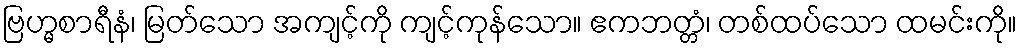
ဗြဟ္မစာရီနံ၊ မြတ်သော အကျင့်ကို ကျင့်ကုန်သော။ ဧကဘတ္တံ၊ တစ်ထပ်သော ထမင်းကို။